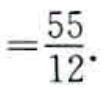
$=\frac{55}{12}.$